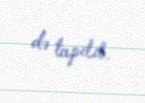
də tapılıb.